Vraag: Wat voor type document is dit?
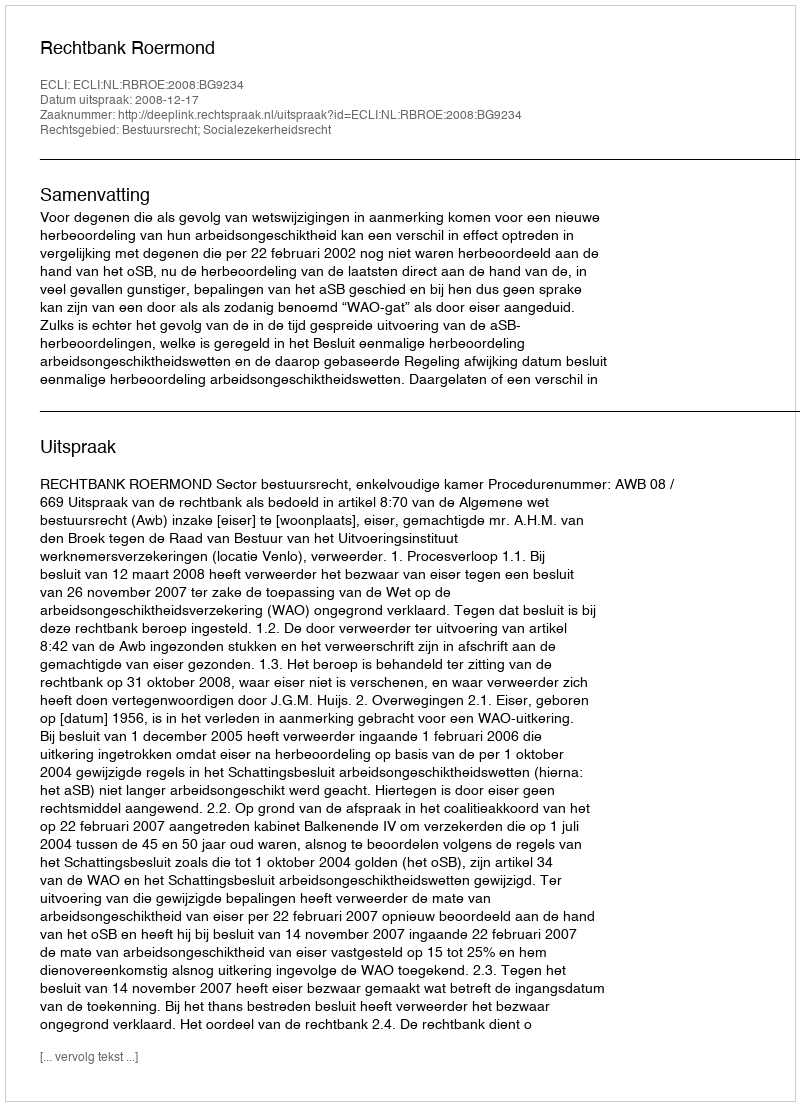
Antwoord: Uitspraak